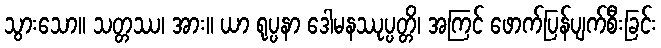
သွားသော။ သတ္တဿ၊ အား။ ယာ ရုပ္ပနာ ဒေါမနဿုပ္ပတ္တိ၊ အကြင် ဖောက်ပြန်ပျက်စီးခြင်း